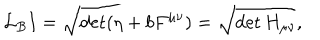
LaTeX: \mathcal { L } _ { B } I = \sqrt { \det ( \eta + b F ^ { \mu \nu } ) } = \sqrt { \det H _ { \mu \nu } } ,